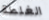
الغلطة